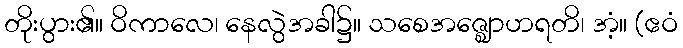
တိုးပွား၏။ ဝိကာလေ၊ နေလွဲအခါ၌။ သစေအဇ္ဈောဟရတိ၊ အံ့။ (ဧဝံ